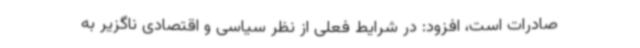
صادرات است، افزود: در شرایط فعلی از نظر سیاسی و اقتصادی ناگزیر به